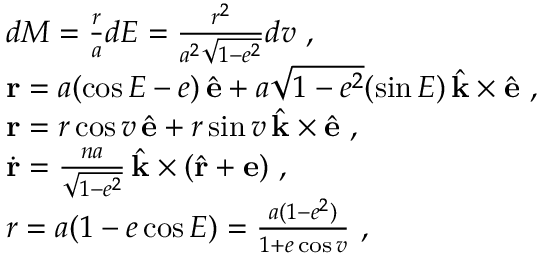
\begin{array} { r l } & { d M = \frac { r } { a } d E = \frac { r ^ { 2 } } { a ^ { 2 } \sqrt { 1 - e ^ { 2 } } } d v \ , } \\ & { \mathbf { r } = a ( \cos E - e ) \, \hat { \mathbf { e } } + a \sqrt { 1 - e ^ { 2 } } ( \sin E ) \, \hat { \mathbf { k } } \times \hat { \mathbf { e } } \ , } \\ & { \mathbf { r } = r \cos v \, \hat { \mathbf { e } } + r \sin v \, \hat { \mathbf { k } } \times \hat { \mathbf { e } } \ , } \\ & { \dot { \mathbf { r } } = \frac { n a } { \sqrt { 1 - e ^ { 2 } } } \, \hat { \mathbf { k } } \times ( \hat { \mathbf { r } } + \mathbf { e } ) \ , } \\ & { r = a ( 1 - e \cos E ) = \frac { a ( 1 - e ^ { 2 } ) } { 1 + e \cos v } \ , } \end{array}